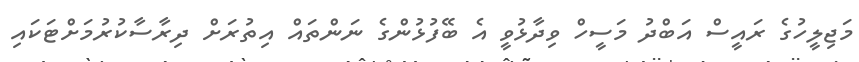
މަޖިލީހުގެ ރައީސް އަބްދު މަސީހް ވިދާޅުވީ އެ ބޭފުޅުންގެ ނަންތައް އިތުރަށް ދިރާސާކުރުމަށްޓަކައި